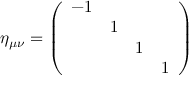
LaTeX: \eta _ { \mu \nu } = \left( \begin{array} { c c c c } { { - 1 } } & { { } } & { { } } & { { } } \\ { { } } & { { 1 } } & { { } } & { { } } \\ { { } } & { { } } & { { 1 } } & { { } } \\ { { } } & { { } } & { { } } & { { 1 } } \end{array} \right) \nonumber